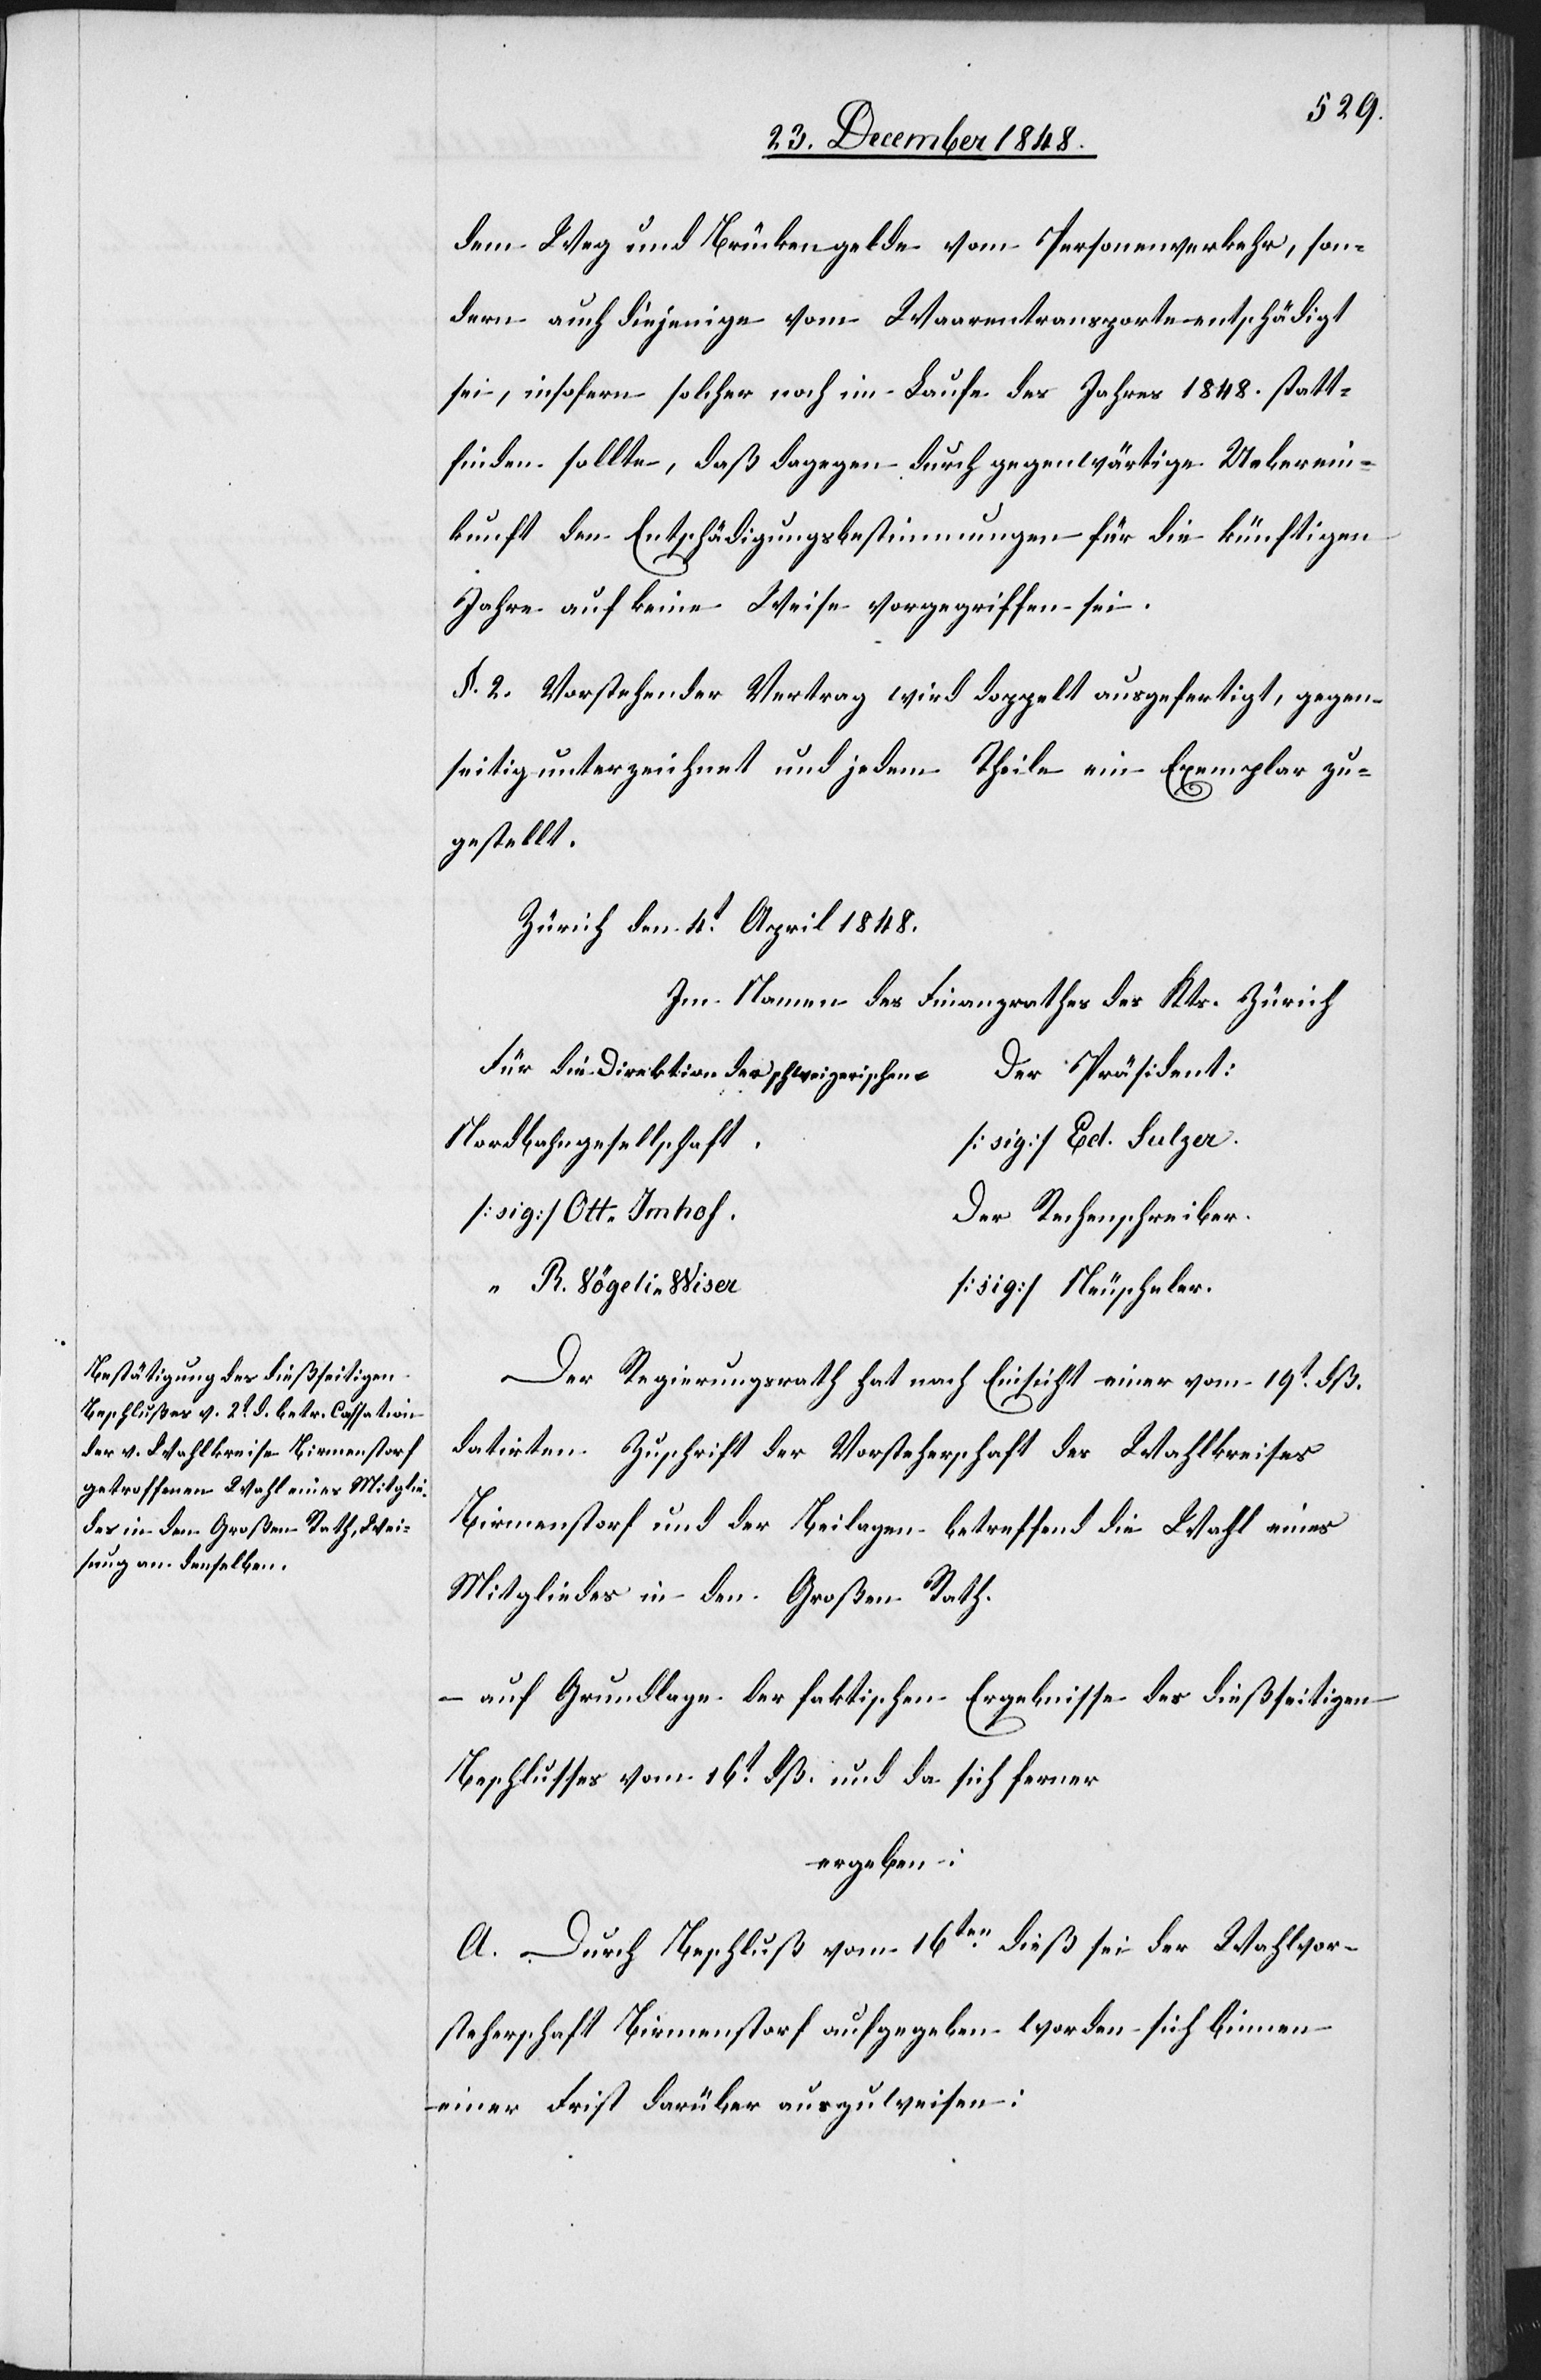
R.

dem Weg und Brückengelde vom Personenverkehr, son¬
dern auch diejenige vom Waarentransporte entschädigt
sei, insofern solcher noch im Laufe des Jahres 1848. statt¬
finden sollte, daß dagegen durch gegenwärtige Ueberein¬
kunft den Entschädigungsbestimmungen für die künftigen
Jahre auf keine Weise vorgegriffen sei.
§. 2. Vorstehender Vertrag wird doppelt ausgefertigt, gegen¬
seitig unterzeichnet und jedem Theile ein Exemplar zu¬
gestellt.
Zürich den 4t April 1848.
Im Namen des Finanzrathes des Kts. Zürich.
Für die Direktion der schweizerischen
er Präsident:
Nordostbahngesellschaf¬
Rechenschreiber
[sig] Neuscheler.
Der Regierungsrath hat nach Einsicht einer vom 19t dß.
datirten Zuschrift der Vorsteherschaft des Wahlkreises
Birmenstorf und der Beilagen betreffend die Wahl eines
Mitgliedes in den Großen Rath
auf Grundlage der faktischen Ergebnisse des dießseitigen
Beschlusses vom 16t dß. und da sich ferner
ergeben:
A. Durch Beschluß vom 16ten dieß sei der Wahlvor¬
steherschaft Birmenstorf aufgegeben worden sich binnen
einer Frist darüber auszuweisen: